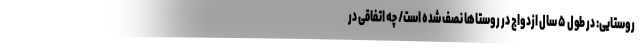
روستایی: در طول ۵ سال ازدواج در روستاها نصف شده است/ چه اتفاقی در